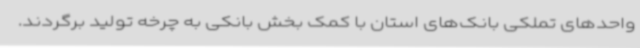
واحدهای تملکی بانک‌های استان با کمک بخش بانکی به چرخه تولید برگردند.